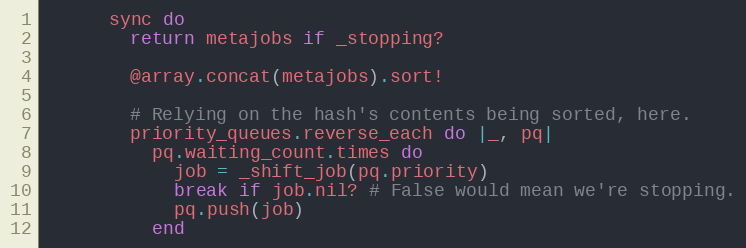
Language: Ruby
      sync do
        return metajobs if _stopping?

        @array.concat(metajobs).sort!

        # Relying on the hash's contents being sorted, here.
        priority_queues.reverse_each do |_, pq|
          pq.waiting_count.times do
            job = _shift_job(pq.priority)
            break if job.nil? # False would mean we're stopping.
            pq.push(job)
          end